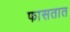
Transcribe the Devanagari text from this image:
फासतात